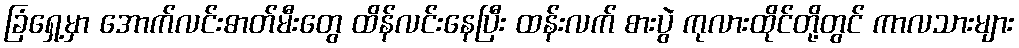
ခြံရှေ့မှာ အောက်လင်းဓာတ်မီးတွေ ထိန်လင်းနေပြီး ထန်းလက် စားပွဲ ကုလားထိုင်တို့တွင် ကာလသားများ